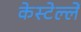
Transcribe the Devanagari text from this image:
केस्टेल्लें